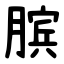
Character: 膑